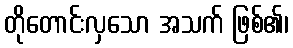
တိုတောင်းလှသော အသက် ဖြစ်၏၊